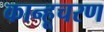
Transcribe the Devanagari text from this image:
कान्हूचरण